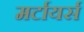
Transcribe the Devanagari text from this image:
मर्टायर्स